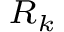
\scriptstyle R _ { k }